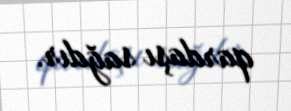
qardaşı sağdır.